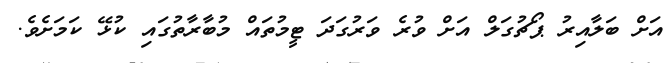
އަށް ބަލާއިރު ޕޯޗުގަލް އަށް ވުރެ ވަރުގަދަ ޓީމުތައް މުބާރާތުގައި ކުޅޭ ކަމަށެވެ.